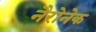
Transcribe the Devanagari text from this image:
नैरोनेक